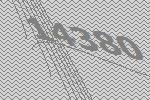
14380